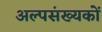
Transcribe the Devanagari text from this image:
अल्पसंख्‍यकों